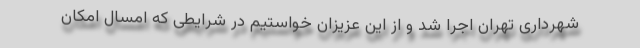
شهرداری تهران اجرا شد و از این عزیزان خواستیم در شرایطی که امسال امکان